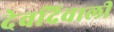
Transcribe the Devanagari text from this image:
देवदिवाली